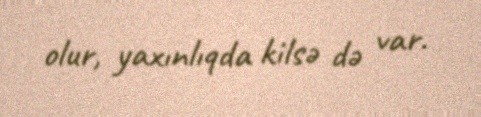
olur, yaxınlıqda kilsə də var.